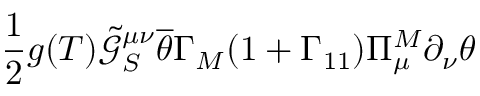
\frac { 1 } { 2 } g ( T ) \tilde { \mathcal { G } } _ { S } ^ { \mu \nu } \overline { { { \theta } } } \Gamma _ { M } ( 1 + \Gamma _ { 1 1 } ) \Pi _ { \mu } ^ { M } \partial _ { \nu } \theta